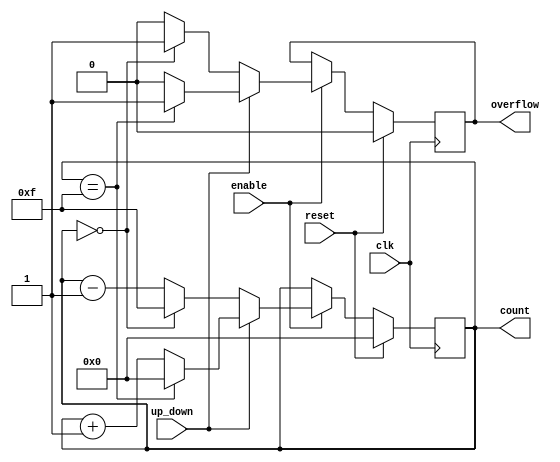
module MemoryBlocksSynchronousCounter #(
    parameter WIDTH = 4 // Configurable bit width
)(
    input wire clk,         // Clock input
    input wire reset,       // Synchronous reset input
    input wire enable,      // Enable input
    input wire up_down,     // Control signal for counting direction (1 for up, 0 for down)
    output reg [WIDTH-1:0] count, // Counter output
    output reg overflow      // Overflow flag
);

    // Initial count value
    initial begin
        count = 0;
        overflow = 0;
    end

    // Synchronous operation on clock edge
    always @(posedge clk) begin
        if (reset) begin
            count <= 0; // Reset count to zero
            overflow <= 0; // Clear overflow
        end else if (enable) begin
            if (up_down) begin
                // Up counting
                if (count == (1 << WIDTH) - 1) begin
                    count <= 0; // Wrap around on overflow
                    overflow <= 1; // Set overflow flag
                end else begin
                    count <= count + 1; // Increment count
                    overflow <= 0; // Clear overflow
                end
            end else begin
                // Down counting
                if (count == 0) begin
                    count <= (1 << WIDTH) - 1; // Wrap around on underflow
                    overflow <= 1; // Set overflow flag
                end else begin
                    count <= count - 1; // Decrement count
                    overflow <= 0; // Clear overflow
                end
            end
        end
    end
endmodule